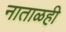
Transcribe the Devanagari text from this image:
नाताळही